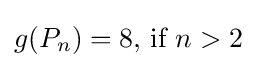
g(P_{n})=8{\text{, if }}n>2